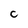
Character: C